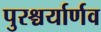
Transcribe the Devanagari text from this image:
पुरश्चर्यार्णव